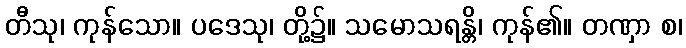
တီသု၊ ကုန်သော။ ပဒေသု၊ တို့၌။ သမောသရန္တိ၊ ကုန်၏။ တဏှာ စ၊